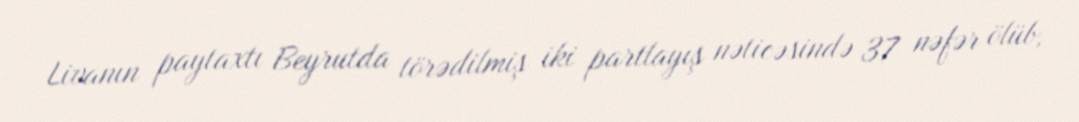
Livanın paytaxtı Beyrutda törədilmiş iki partlayış nəticəsində 37 nəfər ölüb,